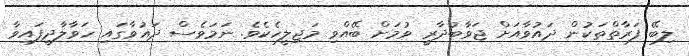
ލިބޭ ފަރާތްތަކުން ދައުވާއަށް ޖަވާބުދާރީ ވުމަށް ބޭއްވި މަޖިލީހެކެވެ. ނަމަވެސް ދައުވާގައި ހަވާލާދީފައިވާ